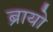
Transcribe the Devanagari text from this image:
ब्रायो